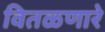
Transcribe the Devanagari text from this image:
वितळणारे